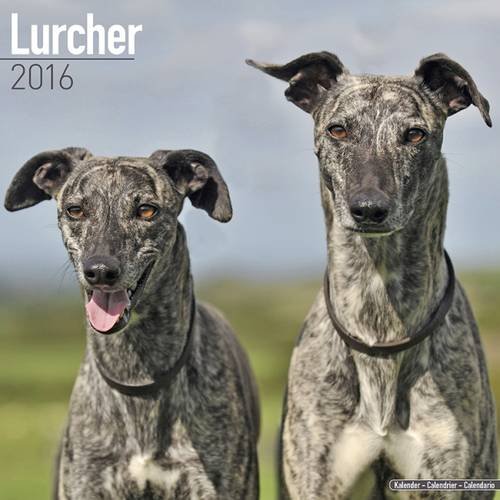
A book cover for Lurcher Calendar - Breed Specific Lurcher Calendar - 2016 Wall calendars - Animal Calendars - Monthly Wall Calendar by Avonside; MegaCalendars; Calendars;